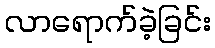
လာရောက်ခဲ့ခြင်း